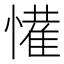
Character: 𭞹